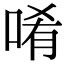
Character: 𠴳